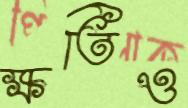
ক্ষতিও